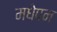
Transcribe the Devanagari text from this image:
मधेपन